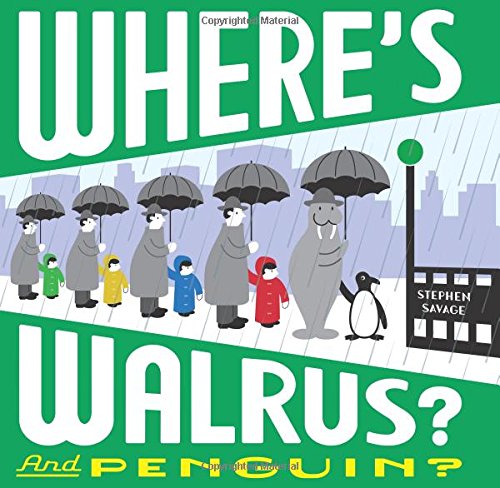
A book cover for Where's Walrus? and Penguin?; Stephen Savage; Children's Books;